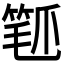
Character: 𬋰